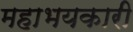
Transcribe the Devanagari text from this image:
महाभयकारी